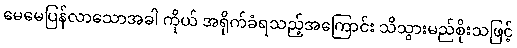
မေမေပြန်လာသောအခါ ကိုယ် အရိုက်ခံရသည့်အကြောင်း သိသွားမည်စိုးသဖြင့်